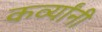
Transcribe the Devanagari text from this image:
कर्व्यांनी